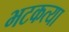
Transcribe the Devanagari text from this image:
भटकत्या